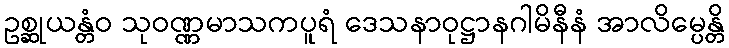
ဥစ္ဆုယန္တံဝ သုဝဏ္ဏမာသကပူရံ ဒေသနာဝုဋ္ဌာနဂါမိနီနံ အာလိမ္ပေန္တိ